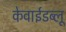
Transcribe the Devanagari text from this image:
केवाईडब्लू